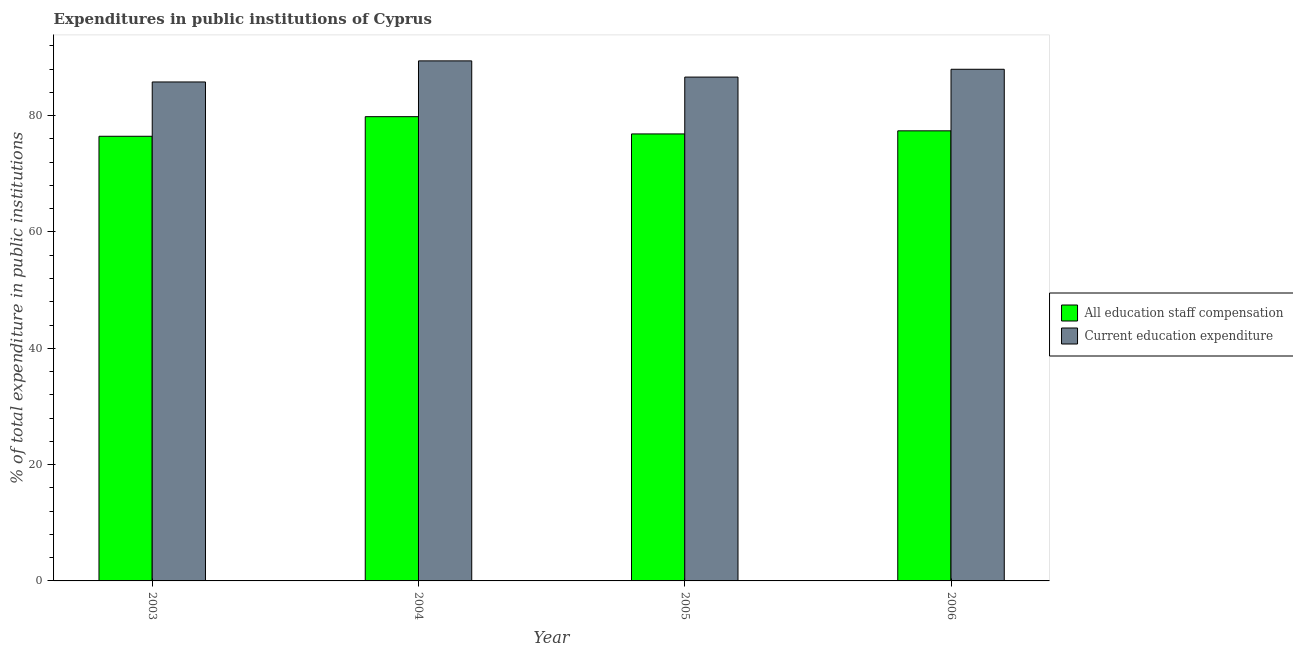
| Year | All education staff compensation | Current education expenditure |
 | --- | --- | --- |
 | 2003 | 76.4 | 85.8 |
 | 2004 | 79.8 | 89.4 |
 | 2005 | 76.9 | 86.6 |
 | 2006 | 77.4 | 88 |